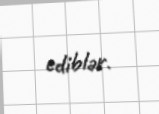
ediblər.